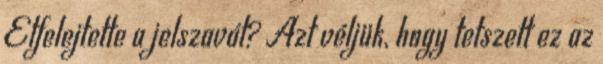
Elfelejtette a jelszavát? Azt véljük, hogy tetszett ez az